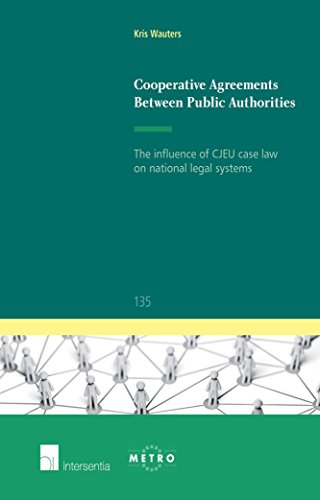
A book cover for Cooperative Agreements Between Public Authorities: The influence of CJEU case law on national legal systems (Ius Commune Europaeum); Kris Wauters; Law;